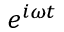
e ^ { i \omega t }